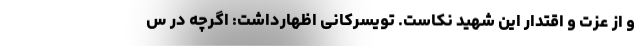
و از عزت و اقتدار این شهید نکاست. تویسرکانی اظهارداشت: اگرچه در س